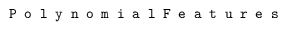
\texttt { P o l y n o m i a l F e a t u r e s }